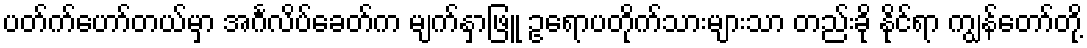
ပတ်က်ဟော်တယ်မှာ အင်္ဂလိပ်ခေတ်က မျက်နှာဖြူ ဥရောပတိုက်သားများသာ တည်းခို နိုင်ရာ ကျွန်တော်တို့